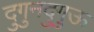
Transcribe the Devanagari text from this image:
दुगुनदुगुऊ